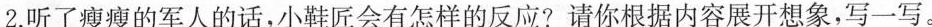
2.听了瘦瘦的军人的话，小鞋匠会有怎样的反应?请你根据内容展开想象，写一写。